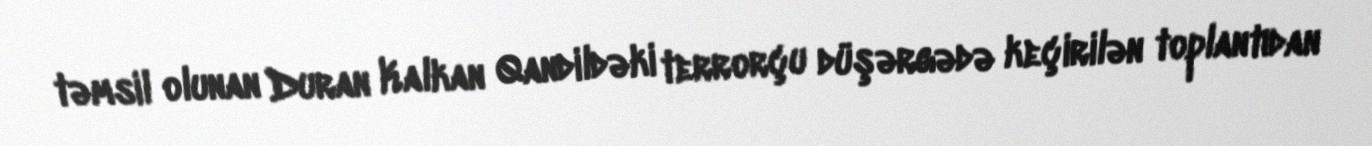
təmsil olunan Duran Kalkan Qandildəki terrorçu düşərgədə keçirilən toplantıdan